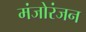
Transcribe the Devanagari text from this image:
मंजोरंजन